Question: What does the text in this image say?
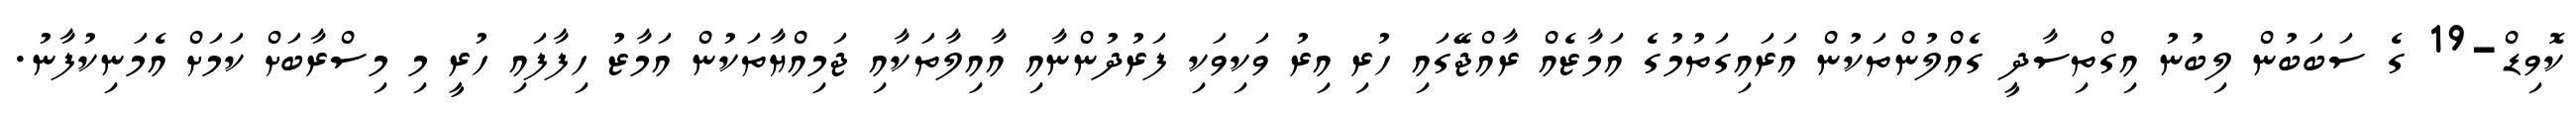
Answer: ކޮވިޑް-19 ގެ ސަބަބުން ލިބުނު އިގްތިސާދީ ގެއްލުންތަކުން އަރައިގަތުމުގެ އަމާޒެއް ރާއްޖޭގައި ހުރި އިރު ވަކިވަކި ފަރުދުންނާއި އާއިލާތަކާއި ޖަމިއްޔާތަކުން އަމާޒު ހިފާފައި ހުރީ މި މިސްރާބަށް ކަމަށް އެމަނިކުފާނު.